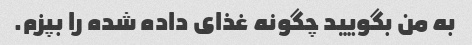
به من بگویید چگونه غذای داده شده را بپزم.